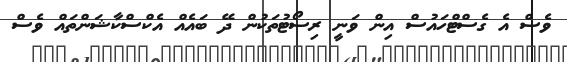
ވެސް އެ ގެސްޓްހައުސް އިން ވަނީ ރިސޯޓުތަކުން ދޭ ބައެއް އެކްސްކާޝަންތައް ވެސް